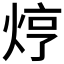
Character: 𤈽